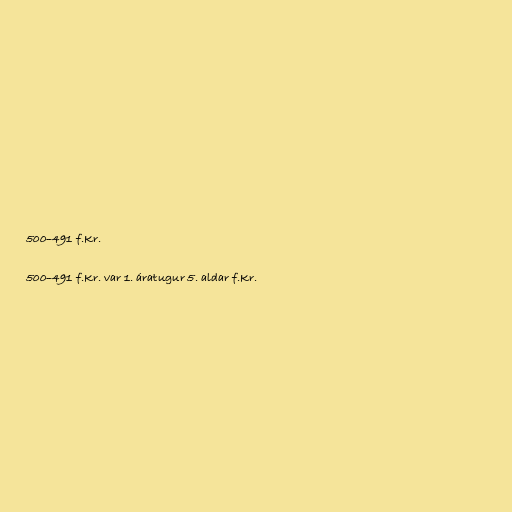
500–491 f.Kr.

500–491 f.Kr. var 1. áratugur 5. aldar f.Kr.